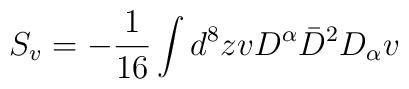
S_v=-\frac{1}{16}\int d^8 z v D^{\alpha}\bar{D}^2 D_{\alpha}v